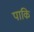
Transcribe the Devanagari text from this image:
पाकि